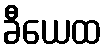
ခီယေထ